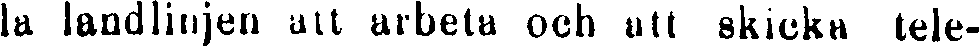
la landlinjen utt arbeta och att skicka tele-